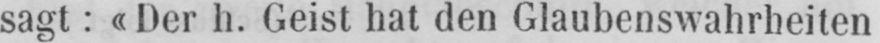
sagt: «Der h. Geist hat den Glaubenswahrheiten